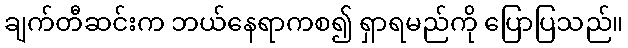
ချက်တီဆင်းက ဘယ်နေရာကစ၍ ရှာရမည်ကို ပြောပြသည်။